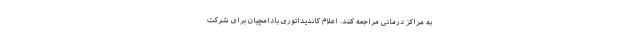
به مراکز درمانی مراجعه کنند. اعلام کاندیداتوری بادامچیان برای شرکت